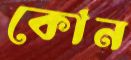
কোন